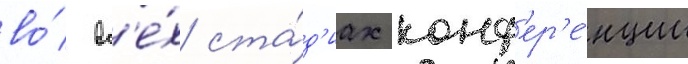
во́ вс'е́х ста́д'иах конф'ер'е́нции